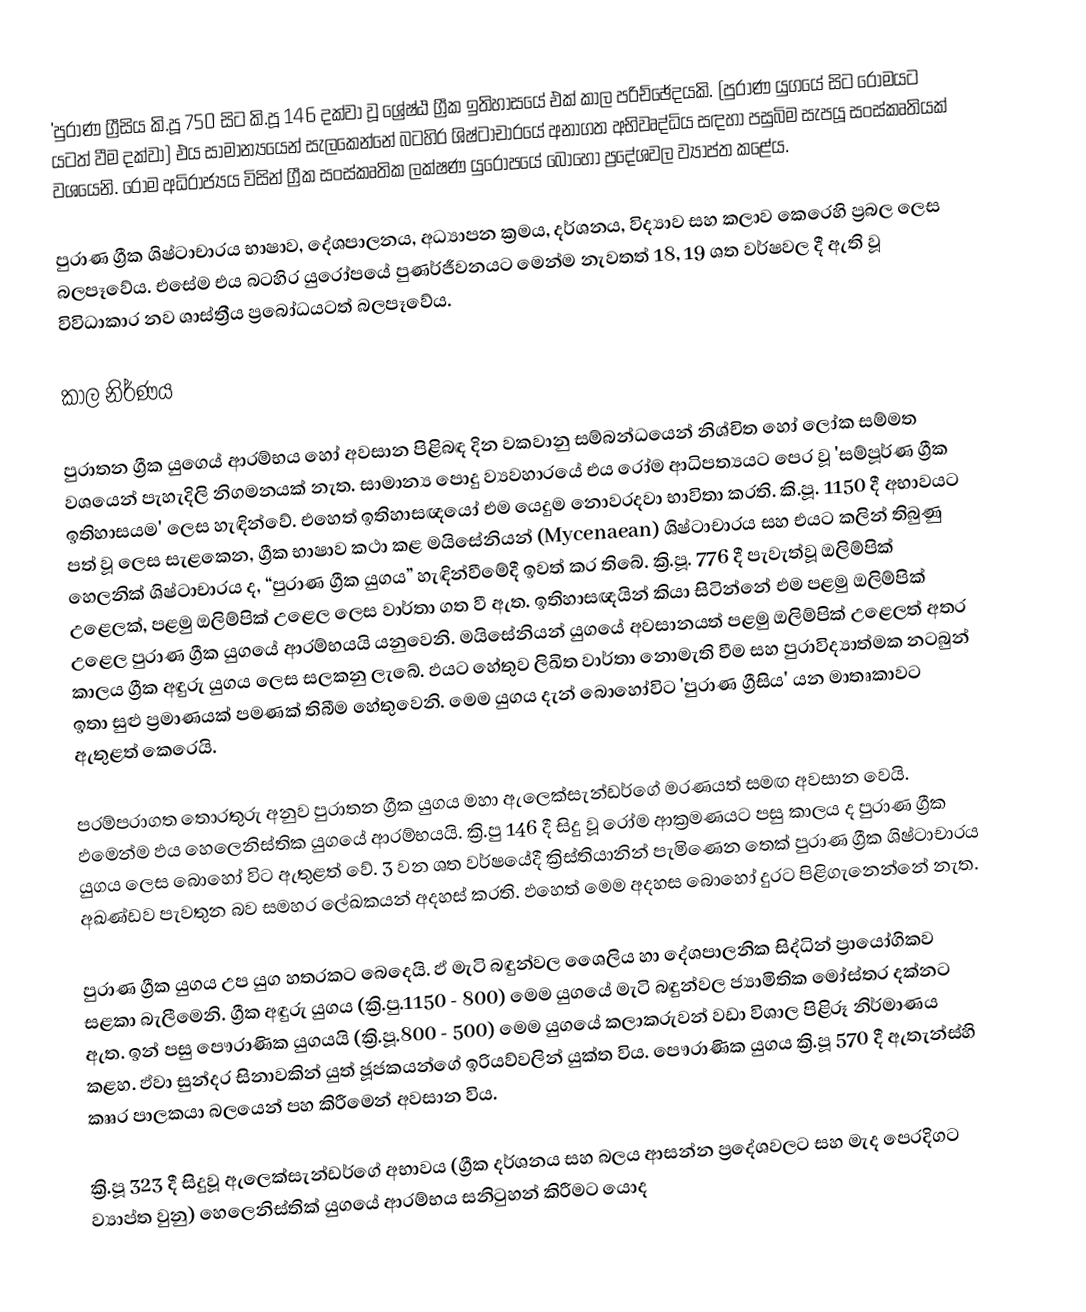
'පුරාණ ග්‍රීසිය කි.පූ 750 සිට කි.පූ 146 දක්වා වූ ශ්‍රේෂ්ඨ ග්‍රීක ඉතිහාසයේ එක් කාල පරිච්ඡේදයකි. (පුරාණ යුගයේ සිට රෝමයට යටත් වීම දක්වා) එය සාමාන්‍යයෙන් සැලකෙන්නේ බටහිර ශිෂ්ටාචාරයේ අනාගත අභිවෘද්ධිය සඳහා පසුබිම සැපයූ සංස්කෘතියක් වශයෙනි. රෝම අධිරාජ්‍යය විසින් ග්‍රීක සංස්කෘතික ලක්ෂණ යුරෝපයේ බොහෝ ප්‍රදේශවල ව්‍යාප්ත කළේය.

පුරාණ ග්‍රීක ශිෂ්ටාචාරය භාෂාව, දේශපාලනය, අධ්‍යාපන ක්‍රමය, දර්ශනය, විද්‍යාව සහ කලාව කෙරෙහි ප්‍රබල ලෙස බලපෑවේය. එසේම එය බටහිර යුරෝපයේ පුණර්ජීවනයට මෙන්ම නැවතත් 18, 19 ශත වර්ෂවල දී ඇති වූ විවිධාකාර නව ශාස්ත්‍රීය ප්‍රබෝධයටත් බලපෑවේය.

කාල නිර්ණය

පුරාතන ග්‍රීක යුග‍ෙය් ආරම්භය හෝ අවසාන පිළිබඳ දින වකවානු සම්බන්ධයෙන් නිශ්චිත හෝ ලෝක සම්මත වශයෙන් පැහැදිලි නිගමනයක් නැත. සාමාන්‍ය පොදු ව්‍යවහාරයේ එය රෝම ආධිපත්‍යයට පෙර වූ 'සම්පූර්ණ ග්‍රීක ඉතිහාසයම' ලෙස හැඳින්වේ. එහෙත් ඉතිහාසඥයෝ එම යෙදුම නොවරදවා භාවිතා කරති. කි.පූ. 1150 දී අභාවයට පත් වූ ලෙස සැළකෙන, ග්‍රීක භාෂාව කථා කළ මයිසේනියන් (Mycenaean) ශිෂ්ටාචාරය සහ එයට කලින් තිබුණු හෙලනික් ශිෂ්ටාචාරය ද, “පුරාණ ග්‍රීක යුගය”  හැඳින්වීමේදී ඉවත් කර තිබේ. ක්‍රි.පූ. 776 දී පැවැත්වූ ඔලිම්පික් උළෙලක්, පළමු ඔලිම්පික් උළෙල ලෙස වාර්තා ගත වී ඇත. ඉතිහාසඥයින් කියා සිටින්නේ එම පළමු ඔලිම්පික් උළෙල පුරාණ ග්‍රීක යුගයේ ආරම්භයයි යනුවෙනි.  මයිසේනියන් යුගයේ අවසානයත් පළමු ඔලිම්පික් උළෙලත් අතර කාලය ග්‍රීක අඳුරු යුගය ලෙස සලකනු ලැබේ. ඵයට හේතුව ලිඛිත වාර්තා නොමැති වීම සහ පුරාවිද්‍යාත්මක නටබුන් ඉතා සුළු ප්‍රමාණයක් පමණක් තිබීම හේතුවෙනි. මෙම යුගය දැන් බොහෝවිට 'පුරාණ ග්‍රීසිය' යන මාතෘකාවට ඇතුළත් කෙරෙයි.

පරම්පරාගත තොරතුරු අනුව පුරාතන ග්‍රීක යුගය මහා ඇලෙක්සැන්ඩර්ගේ මරණයත් සමඟ අවසාන වෙයි. ඵමෙන්ම ඵය හෙලෙනිස්තික යුගයේ ආරම්භයයි. ක්‍රි.පු 146 දී සිදු වූ රෝම ආක්‍රමණයට පසු කාලය ද පුරාණ ග්‍රීක යුගය ලෙස බොහෝ විට ඇතුළත් වේ. 3 වන ශත වර්ෂයේදී ක්‍රිස්තියානින් පැමිණෙන තෙක් පුරාණ ග්‍රීක ශිෂ්ටාචාරය අඛණ්ඩව පැවතුන බව සමහර ලේඛකයන් අදහස් කරති. ඵහෙත් මෙම අදහස බොහෝ දුරට පිළිගැනෙන්නේ නැත.

පුරාණ ග්‍රීක යුගය උප යුග හතරකට බෙදෙයි. ඵ් මැටි බඳුන්වල ශෛලිය හා දේශපාලනික සිද්ධින් ප්‍රායෝගිකව සළකා බැලීමෙනි. ග්‍රීක අඳුරු යුගය (ක්‍රි.පු.1150 -  800) මෙම යුගයේ මැටි බඳුන්වල ජ්‍යාමිතික මෝස්තර දක්නට ඇත. ඉන් පසු පෞරාණික යුගයයි (ක්‍රි.පූ.800 - 500) මෙම යුගයේ කලාකරුවන් වඩා විශාල පිළිරූ නිර්මාණය කළහ. ඵ්වා සුන්දර සිනාවකින් යුත් ජූජකයන්ගේ ඉරියව්වලින් යුක්ත විය.  පෞරාණික යුගය ක්‍රි.පූ 570 දී ඇතැන්ස්හි කෲර පාලකයා බලයෙන් පහ කිරීමෙන් අවසාන විය.

ක්‍රි.පූ 323 දී සිදුවූ  ඇලෙක්සැන්ඩර්ගේ අභාවය (ග්‍රීක දර්ශනය සහ බලය ආසන්න ප්‍රදේශවලට සහ මැද පෙරදිගට ව්‍යාප්ත වුනු) හෙලෙනිස්තික් යුගයේ ආරම්භය සනිටුහන් කිරීමට යොද